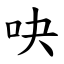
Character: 吷